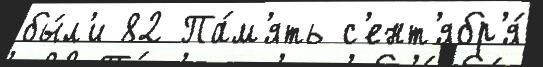
бы́л'и 82 Па́м'ять с'ент'ябр'я́